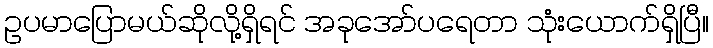
ဥပမာပြောမယ်ဆိုလို့ရှိရင် အခုအော်ပရေတာ သုံးယောက်ရှိပြီ။